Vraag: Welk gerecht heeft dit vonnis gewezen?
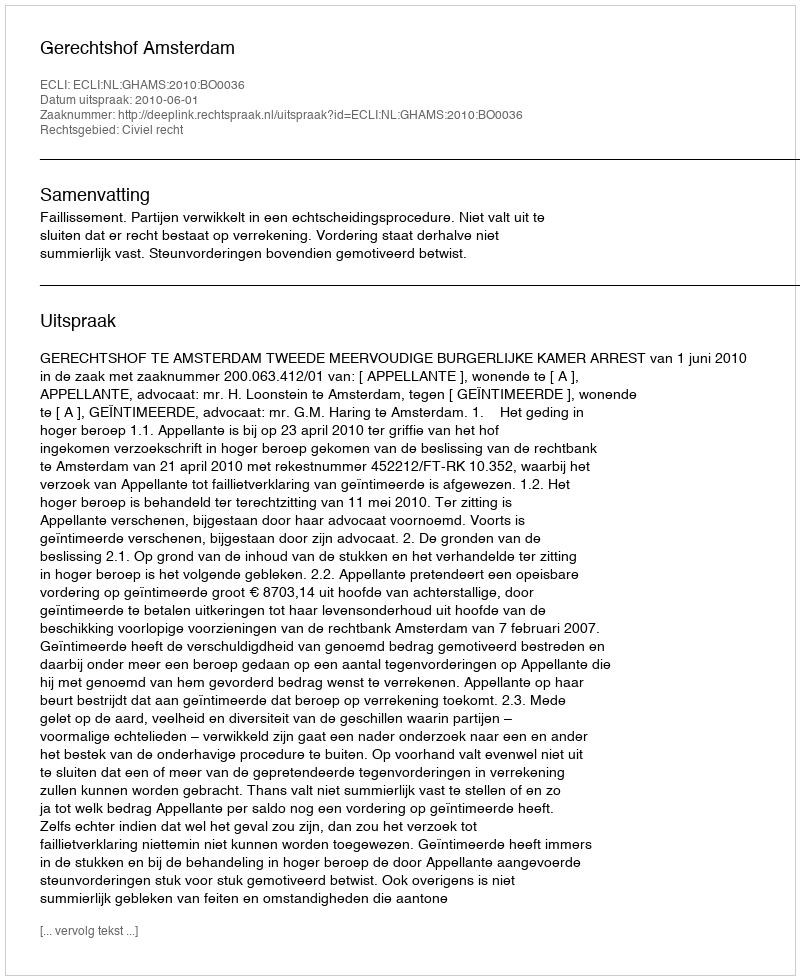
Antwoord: Gerechtshof Amsterdam